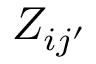
Z _ { i { j ^ { \prime } } }